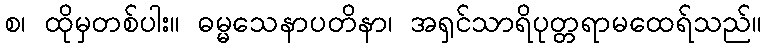
စ၊ ထိုမှတစ်ပါး။ ဓမ္မသေနာပတိနာ၊ အရှင်သာရိပုတ္တရာမထေရ်သည်။